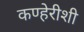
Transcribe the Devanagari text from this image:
कण्हेरीशी